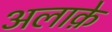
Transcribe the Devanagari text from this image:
अलाक़े